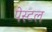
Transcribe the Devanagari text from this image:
पेस्‍टल